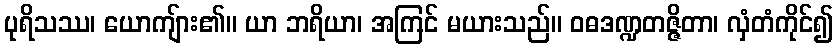
ပုရိသဿ၊ ယောကျ်ား၏။ ယာ ဘရိယာ၊ အကြင် မယားသည်။ ဝဓဒဏ္ဍတဇ္ဇိတာ၊ လှံတံကိုင်၍